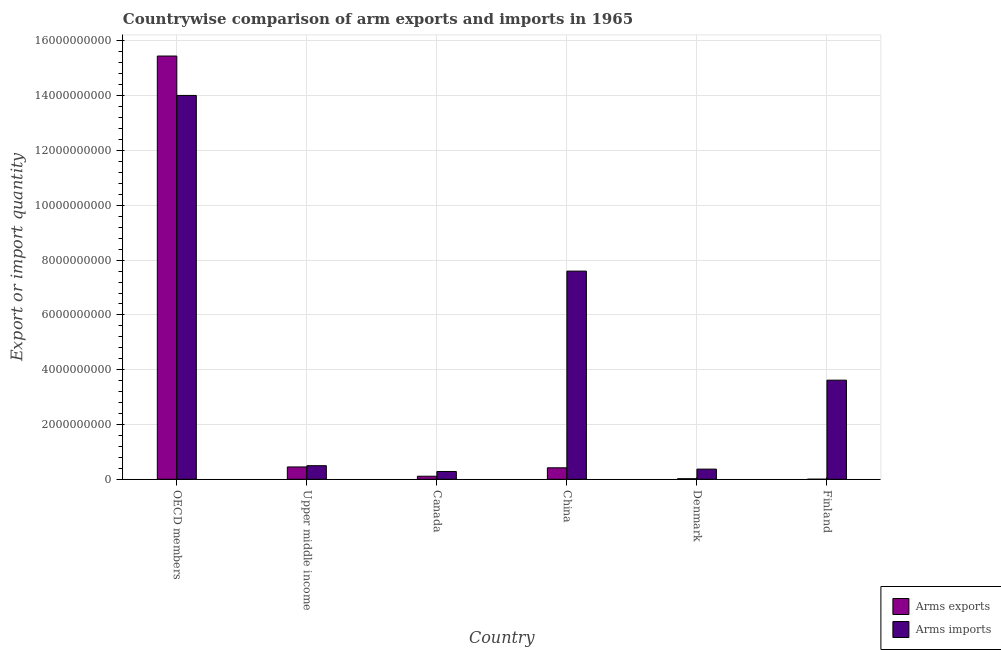
| Country | Arms exports | Arms imports |
 | --- | --- | --- |
 | OECD members | 1.55e+10 | 1.4e+10 |
 | Upper middle income | 4.5e+08 | 4.96e+08 |
 | Canada | 1.11e+08 | 2.84e+08 |
 | China | 4.19e+08 | 7.6e+09 |
 | Denmark | 2e+07 | 3.71e+08 |
 | Finland | 1e+06 | 3.62e+09 |